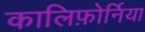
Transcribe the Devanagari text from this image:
कालिफ़ोर्निया